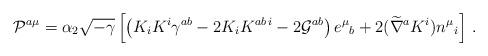
LaTeX: \begin{align*}{\cal P}^{a\mu } = \alpha_2 \sqrt{-\gamma} \left[ \left( K_i K^i \gamma^{ab}- 2 K_i K^{ab\,i} - 2 {\cal G}^{ab} \right) e^\mu{}_b + 2 (\widetilde\nabla^a K^{i}) n^\mu{}_i \right]\,.\end{align*}